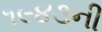
૧૯૪૩ની